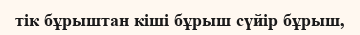
тік бұрыштан кіші бұрыш сүйір бұрыш,